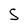
Character: S